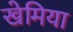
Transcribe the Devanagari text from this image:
खेमिया